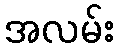
အလမ်း